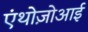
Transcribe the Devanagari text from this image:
एंथोज़ोआई